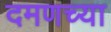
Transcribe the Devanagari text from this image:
दमणच्या